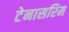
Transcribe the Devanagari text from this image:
टेनासरिम